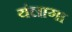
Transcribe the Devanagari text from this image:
यंलागा